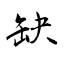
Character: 缺